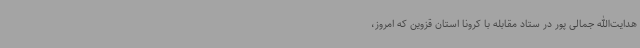
هدایت‌الله جمالی پور در ستاد مقابله با کرونا استان قزوین که امروز،